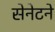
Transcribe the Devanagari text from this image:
सेनेटने